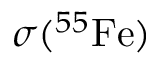
\sigma ( ^ { 5 5 } \mathrm { { F e } ) }